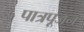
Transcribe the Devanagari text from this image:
पात्रपूजन